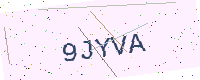
Text: 9JYVA